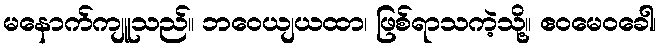
မနောက်ကျူသည်။ ဘဝေယျယထာ၊ ဖြစ်ရာသကဲ့သို့။ ဧဝမေဝခေါ၊